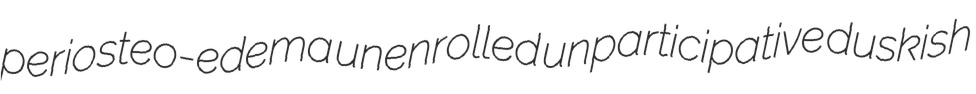
periosteo-edema unenrolled unparticipative duskish